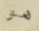
هو